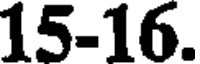
15-16.